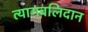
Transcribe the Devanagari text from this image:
त्यागबलिदान